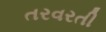
તરવરતી